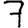
Digit: 7